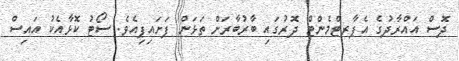
ދޮސް އައްރާދުގެ އެޕާރޓްމެންޓް ދޮރުގައި ބާރުބާރަށް ތަޅަން ފަށައިފިއެވެ. ސޯޓު ކޮޅާއެކު އައިސް